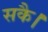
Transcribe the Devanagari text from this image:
सकै।